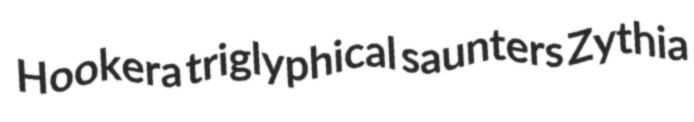
Hookera triglyphical saunters Zythia